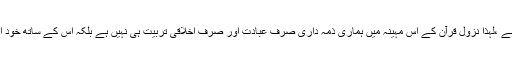
اس مقصد کے لئے ہم کو تیار کرنے کا بہترین ذریعہ روزہ ہے ،لہذا نزول قرآن کے اس مہینہ میں ہماری ذمہ داری صرف عبادت اور صرف اخلاقی تربیت ہی نہیں ہے بلکہ اس کے ساتھ خود اس نعمت قرآن کی بھی صحیح اور موزوں شکر گزاری ہے ۔